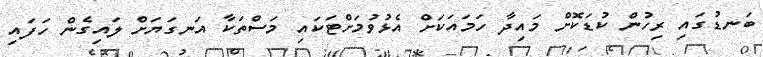
ބަނޑުގައި ރިހުން ކުޑަކޮށް މައިދާ ހަމައަކަށް އެޅުވުމަށްޓަކައި މަސްތަކާ އަނގަޔަށް ލައިގެން ހަފައި